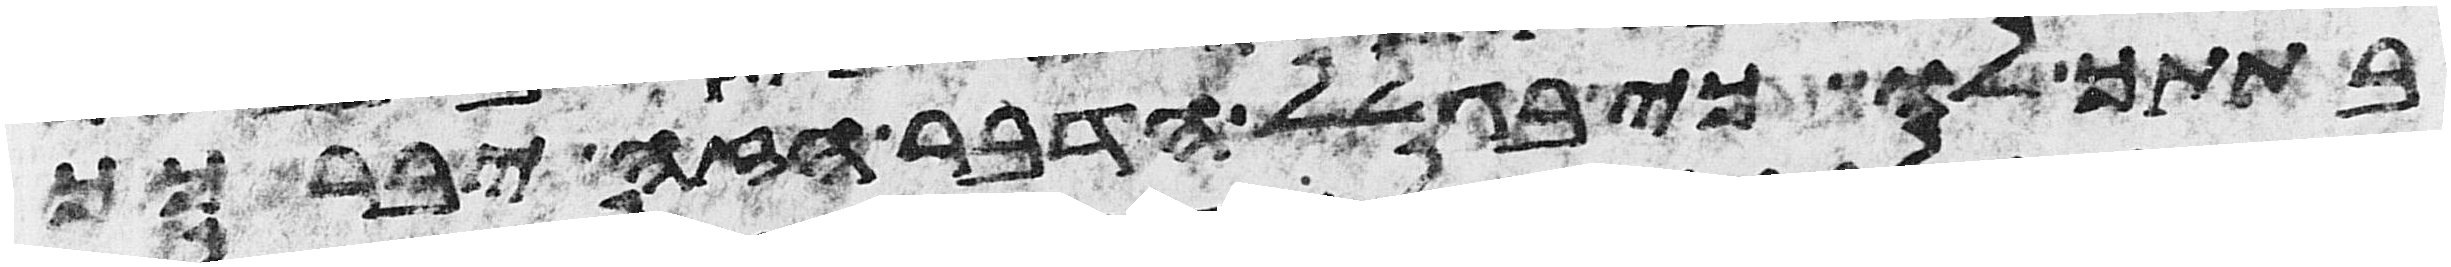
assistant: בתתך לו כי בגלל הדבר הזה יברכך